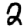
Digit: 2